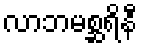
လာဘမစ္ဆရိနီ